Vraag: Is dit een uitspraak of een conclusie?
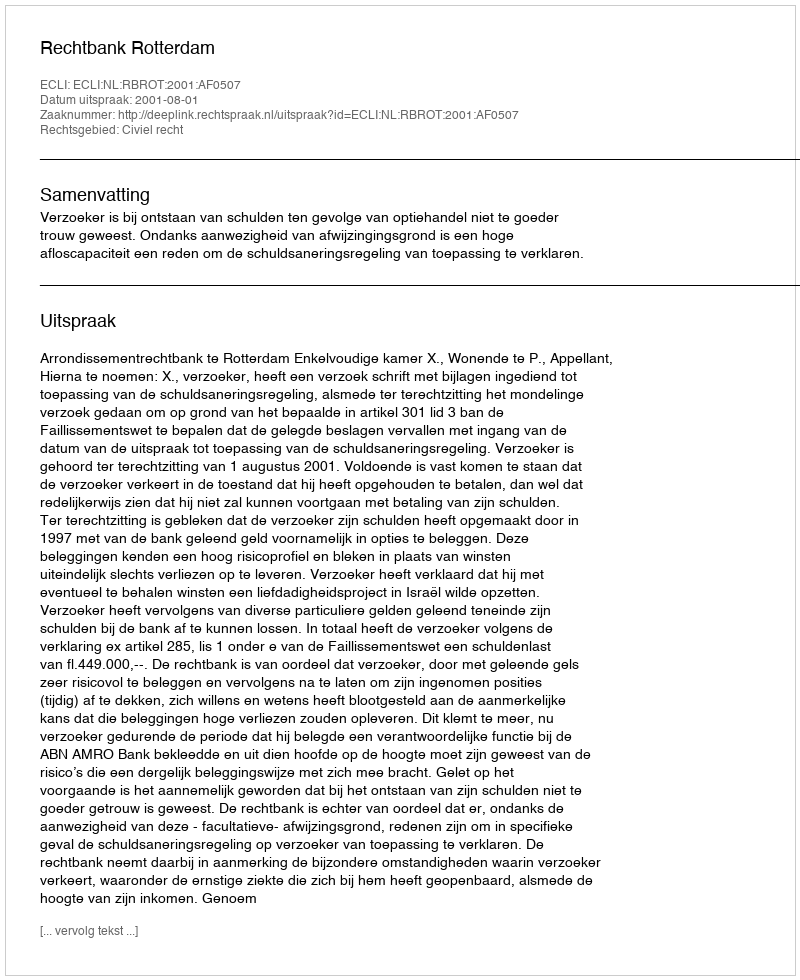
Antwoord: Uitspraak